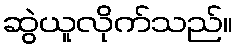
ဆွဲယူလိုက်သည်။